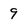
Character: 9